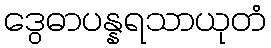
ဒွေဓာပန္နရသာယုတံ